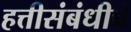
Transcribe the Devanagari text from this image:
हत्तीसंबंधीचे